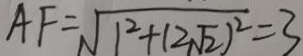
A F = \sqrt { 1 ^ { 2 } + ( 2 \sqrt { 2 } ) ^ { 2 } } = 3